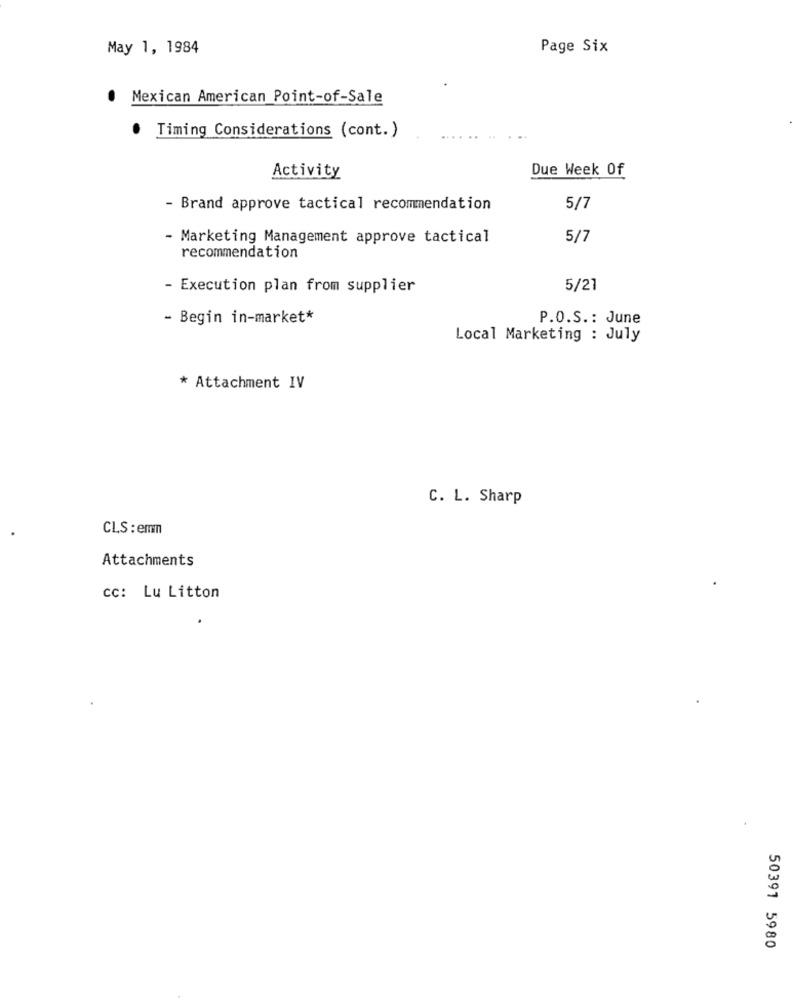
May 1, 1984
Page Six
Mexican American Point-of-Sale
. Timing Considerations (cont. )
Due Week Of
Activity
- Brand approve tactical recommendation
5/7
- Marketing Management approve tactical
5/7
recommendation
- Execution plan from supplier
5/21
- Begin in-market*
P.O.S .: June
Local Marketing : July
* Attachment IV
C. L. Sharp
CLS : emm
Attachments
cc: Lu Litton
50391 5980